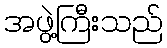
အဖွဲ့ကြီးသည်